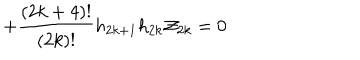
LaTeX: + \frac { ( 2 k + 4 ) ! } { ( 2 k ) ! } h _ { 2 k + 1 } h _ { 2 k } { \cal Z } _ { 2 k } = 0